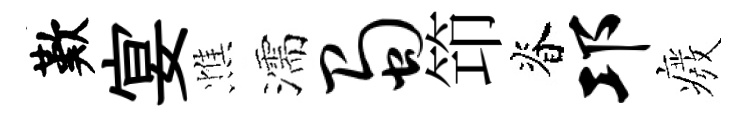
歎宴憔濡蜀笻脊邛癈